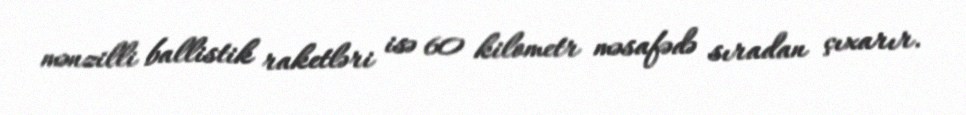
mənzilli ballistik raketləri isə 60 kilometr məsafədə sıradan çıxarır.